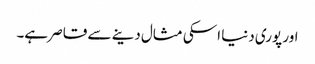
اور پوری دنیا اسکی مثال دینے سے قاصر ہے۔